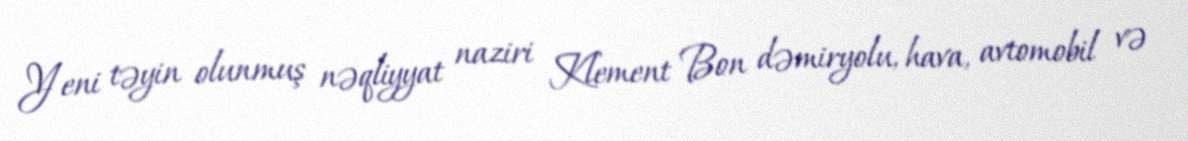
Yeni təyin olunmuş nəqliyyat naziri Klement Bon dəmiryolu, hava, avtomobil və